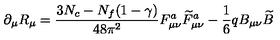
\partial _ { \mu } R _ { \mu } = \frac { 3 N _ { c } - N _ { f } ( 1 - \gamma ) } { 4 8 \pi ^ { 2 } } F _ { \mu \nu } ^ { a } \widetilde { F } _ { \mu \nu } ^ { a } - \frac { 1 } { 6 } q B _ { \mu \nu } \widetilde { B }